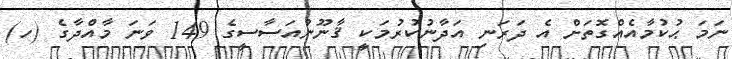
ނަމަ ޙުކުމާއެއްގޮތަށް އެ ދަރަނި އަދާނުކުރުމަކީ ޤާނޫނުއަސާސީގެ 149 ވަނަ މާއްދާގެ (ހ)